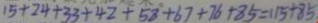
1 5 + 2 4 + 3 3 + 4 2 + 5 8 + 6 7 + 7 6 + 8 5 = 1 1 5 + 8 5